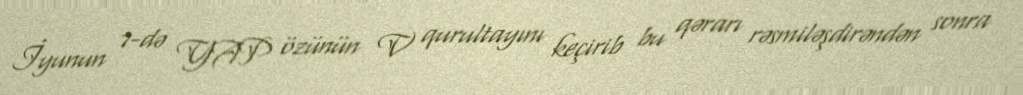
İyunun 7-də YAP özünün V qurultayını keçirib bu qərarı rəsmiləşdirəndən sonra